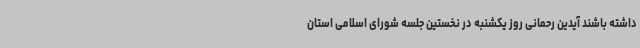
داشته باشند آیدین رحمانی روز یکشنبه در نخستین جلسه شورای اسلامی استان